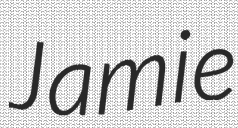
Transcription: Jamie